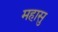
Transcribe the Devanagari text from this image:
महासु